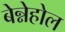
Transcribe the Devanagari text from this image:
बेन्नेहोल